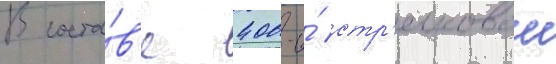
В соста́в'е 400-и́ стр'елковои